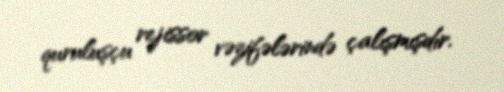
quruluşçu rejissor vəzifələrində çalışmışdır.